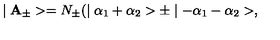
\mid { \bf A } _ { \pm } > = N _ { \pm } ( \mid \alpha _ { 1 } + \alpha _ { 2 } > \pm \mid - \alpha _ { 1 } - \alpha _ { 2 } > ,